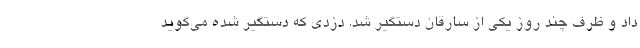
داد و ظرف چند روز یکی از سارقان دستگیر شد. دزدی که دستگیر شده می‌گوید